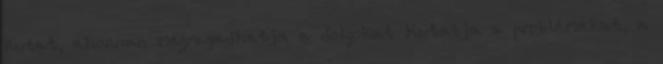
kutat, ahonnan megragadhatja a dolgokat Kutatja a problémákat, a